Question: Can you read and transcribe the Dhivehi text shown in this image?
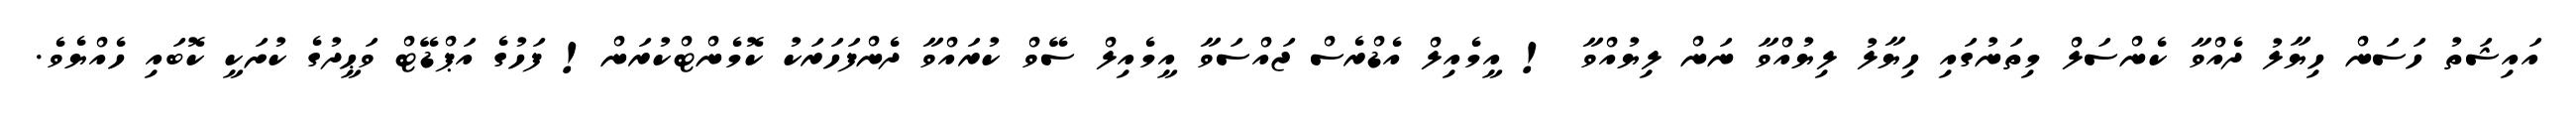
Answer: އައިޝަތު ހަސަން ހިޔާލު ދެއްވާ ކެންސަލް މިތަނުގައި ހިޔާލު ލިޔުއްވާ ނަން ލިޔުއްވާ ! އީމެއިލް އެޑްރެސް ޖައްސަވާ އީމެއިލް ސޭވް ކުރައްވާ ދެންފަހަރަކު ކޮމެންޓްކުރަން! ފަހުގެ އަޕްޑޭޓް ވަޙީދުގެ ކުށަކީ ކޮބައި ހެއްޔެވެ.